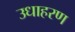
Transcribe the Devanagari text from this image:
उधाहरण